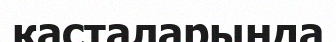
касталарында